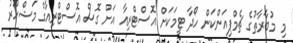
މި މުބާރާތުގެ ޗެމްޕިއަންކަން ހޯދާ ޓީމަކަށް އޮސްޓްރިއާ އަށް ގޮސް އޮސްޓްރިއާގެ މަޝްހޫރު